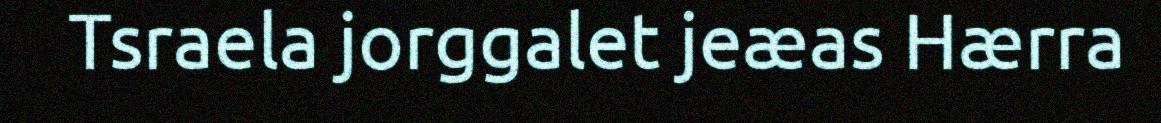
Tsraela jorggalet jeæas Hærra